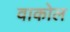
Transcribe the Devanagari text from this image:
वाकोल